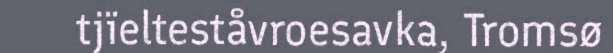
tjïelteståvroesavka, Tromsø